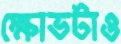
ক্ষোভটাও